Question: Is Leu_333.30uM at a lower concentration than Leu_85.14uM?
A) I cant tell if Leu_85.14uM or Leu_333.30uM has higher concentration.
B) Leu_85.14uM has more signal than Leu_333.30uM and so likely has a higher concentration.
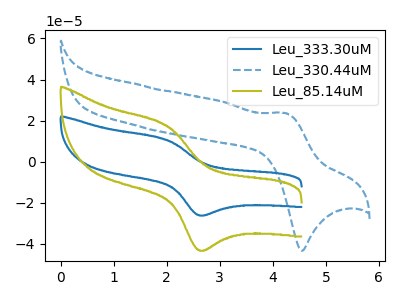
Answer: <think>The blue curve "Leu_333.30uM" has an anodic peak at (2.00V, 10.65uA) and a cathodic peak at (2.60V, -26.05uA). The blue dashed curve "Leu_330.44uM" has an anodic peak at (4.25V, 23.70uA) and a cathodic peak at (4.55V, -43.40uA). The olive curve "Leu_85.14uM" has an anodic peak at (2.00V, 17.55uA) and a cathodic peak at (2.60V, -43.05uA).
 All the peaks in "Leu_85.14uM" have a peak in "Leu_333.30uM" at the same potential. Every peak in "Leu_85.14uM" is higher than every peak in "Leu_333.30uM".</think>
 <answer>B) "Leu_85.14uM" has more signal than "Leu_333.30uM" and so likely has a higher concentration.</answer>
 <eval>B</eval>